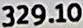
329.10